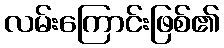
လမ်းကြောင်းဖြစ်၏